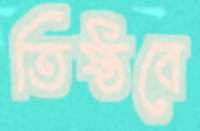
তিষ্ঠবে